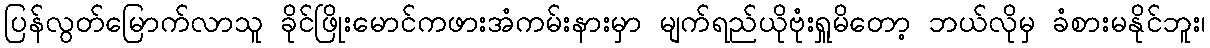
ပြန်လွတ်မြောက်လာသူ ခိုင်ဖြိုးမောင်ကဖားအံကမ်းနားမှာ မျက်ရည်ယိုဗုံးရှူမိတော့ ဘယ်လိုမှ ခံစားမနိုင်ဘူး၊